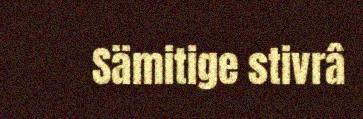
Sämitige stivrâ